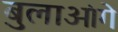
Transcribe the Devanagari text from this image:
बुलाओंगे